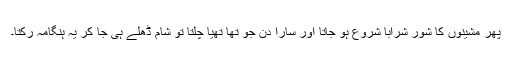
پھر مشینوں کا شور شرابا شروع ہو جاتا اور سارا دن جو تھا تھیا چلتا تو شام ڈھلے ہی جا کر یہ ہنگامہ رکتا۔